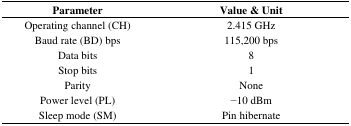
| Parameter | Value & Unit |
 | --- | --- |
 | Operating channel (CH) | 2.415 GHz |
 | Baud rate (BD) bps | 115,200 bps |
 | Data bits | 8 |
 | Stop bits | 1 |
 | Parity | None |
 | Power level (PL) | −10 dBm |
 | Sleep mode (SM) | Pin hibernate |